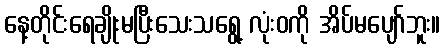
နေ့တိုင်းရေချိုးမပြီးသေးသရွေ့ လုံးဝကို အိပ်မပျော်ဘူး။